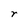
Character: r